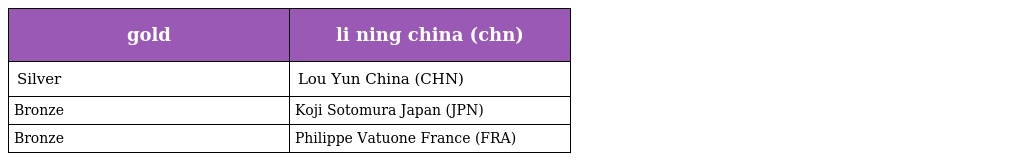
| gold | li ning china (chn) |
 | --- | --- |
 | Silver | Lou Yun China (CHN) |
 | Bronze | Koji Sotomura Japan (JPN) |
 | Bronze | Philippe Vatuone France (FRA) |